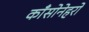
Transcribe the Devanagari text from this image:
काँसोनेहरो